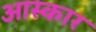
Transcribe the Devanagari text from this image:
आस्कार